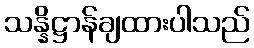
သန္နိဋ္ဌာန်ချထားပါသည်